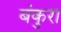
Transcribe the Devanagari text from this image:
बंकुरा